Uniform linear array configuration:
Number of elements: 64
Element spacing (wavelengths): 1
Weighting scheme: uniform
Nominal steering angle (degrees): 30
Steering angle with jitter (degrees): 28.585
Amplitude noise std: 0.05
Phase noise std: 0.05

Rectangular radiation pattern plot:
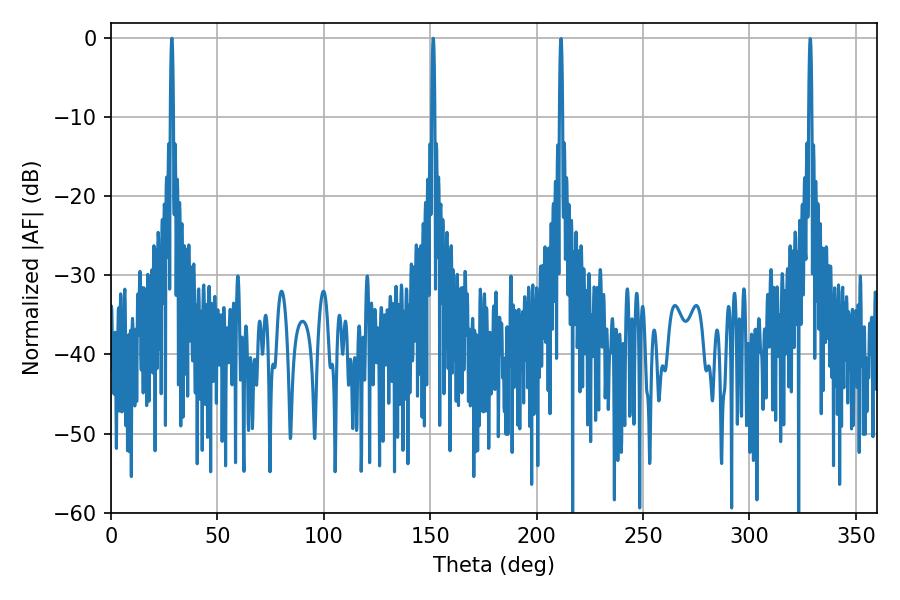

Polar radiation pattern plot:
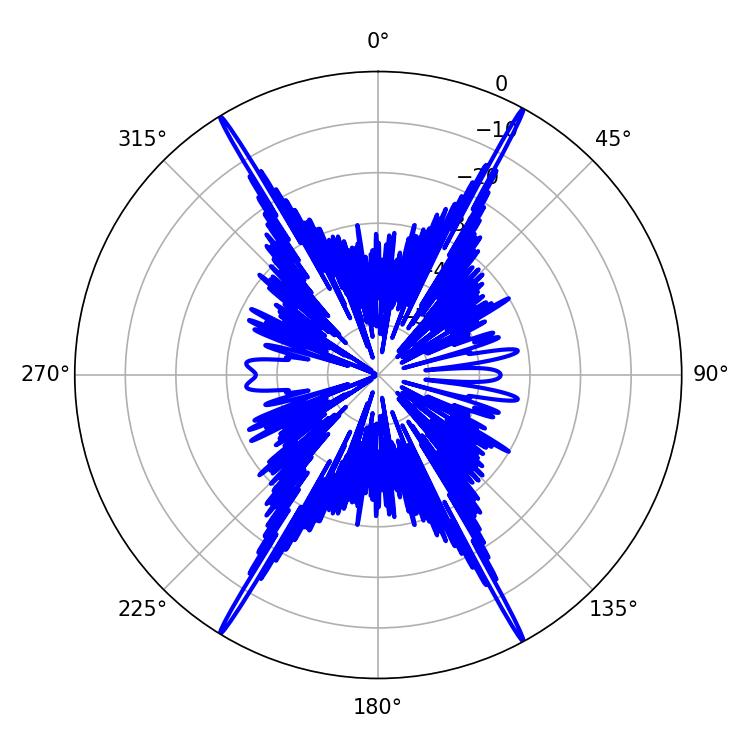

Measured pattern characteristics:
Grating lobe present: TRUE
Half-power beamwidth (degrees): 0.72
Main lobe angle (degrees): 28.62